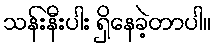
သန်းနီးပါး ရှိနေခဲ့တာပါ။